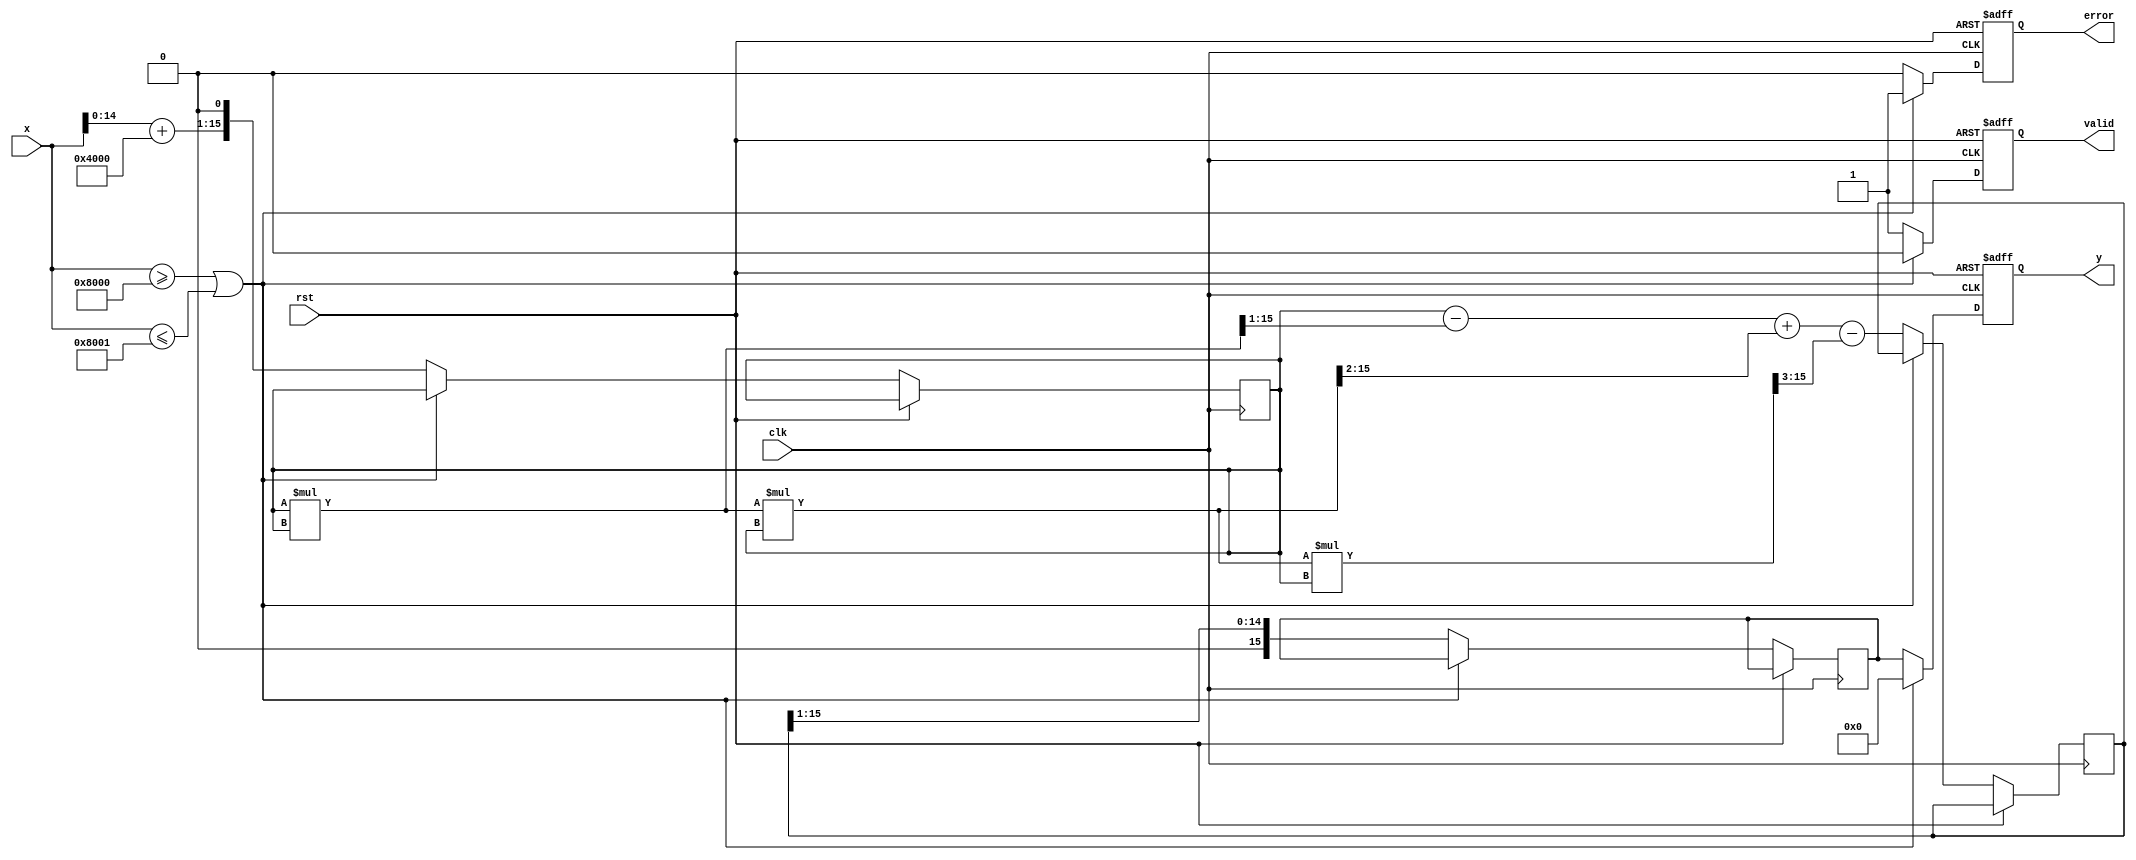
module atanh (
    input wire clk,
    input wire rst,
    input wire [15:0] x, // Fixed-point input (16-bit)
    output reg [15:0] y, // Fixed-point output (16-bit)
    output reg valid,     // Output valid signal
    output reg error      // Error signal for out-of-range inputs
);

    // Parameters for fixed-point representation
    parameter FIXED_POINT_FRACTIONAL_BITS = 8; // Number of fractional bits
    parameter FIXED_POINT_MAX = (1 << (16 - FIXED_POINT_FRACTIONAL_BITS)) - 1;
    parameter FIXED_POINT_MIN = -(1 << (16 - FIXED_POINT_FRACTIONAL_BITS));

    // Internal signals
    reg [15:0] ln_input; // Intermediate value for logarithm calculation
    reg [15:0] ln_result; // Result of the logarithm approximation
    reg [15:0] atanh_result; // Final atanh result

    // Polynomial approximation coefficients for ln(x)
    // ln(1+x) approximation: ln(1+x)  x - x^2/2 + x^3/3 - x^4/4 + ...
    // For simplicity, we will use a truncated series
    function [15:0] ln_approx(input [15:0] x);
        begin
            // Truncated polynomial approximation for ln(1+x)
            ln_approx = x - (x * x >> 1) + (x * x * x >> 2) - (x * x * x * x >> 3);
        end
    endfunction

    always @(posedge clk or posedge rst) begin
        if (rst) begin
            y <= 16'b0;
            valid <= 1'b0;
            error <= 1'b0;
        end else begin
            // Range checking
            if (x >= 16'h8000 || x <= 16'h8001) begin // x < -1 or x > 1
                error <= 1'b1;
                y <= 16'b0; // Return 0 or NaN
                valid <= 1'b0;
            end else begin
                error <= 1'b0;

                // Compute ln((1+x)/(1-x))
                ln_input <= (x + 16'h4000) << 1; // 1+x and 1-x
                ln_result <= ln_approx(ln_input);

                // Compute atanh(x) = 0.5 * ln((1+x)/(1-x))
                atanh_result <= ln_result >> 1;

                // Assign result to output
                y <= atanh_result;
                valid <= 1'b1;
            end
        end
    end
endmodule